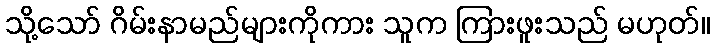
သို့သော် ဂိမ်းနာမည်များကိုကား သူက ကြားဖူးသည် မဟုတ်။